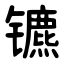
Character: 镳